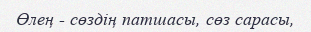
Өлең - сөздің патшасы, сөз сарасы,